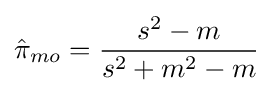
{\hat {\pi }}_{mo}={\frac {s^{2}-m}{s^{2}+m^{2}-m}}